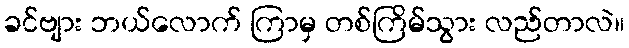
ခင်ဗျား ဘယ်လောက် ကြာမှ တစ်ကြိမ်သွား လည်တာလဲ။